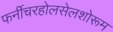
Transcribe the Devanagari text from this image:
फर्नीचरहोलसेलशोरूम